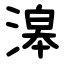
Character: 滜